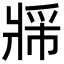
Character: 𬌈